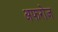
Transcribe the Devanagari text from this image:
अफरोज